Lunatic asylums Bombay report 1891-1903 - 1891-1903
Year: 1891
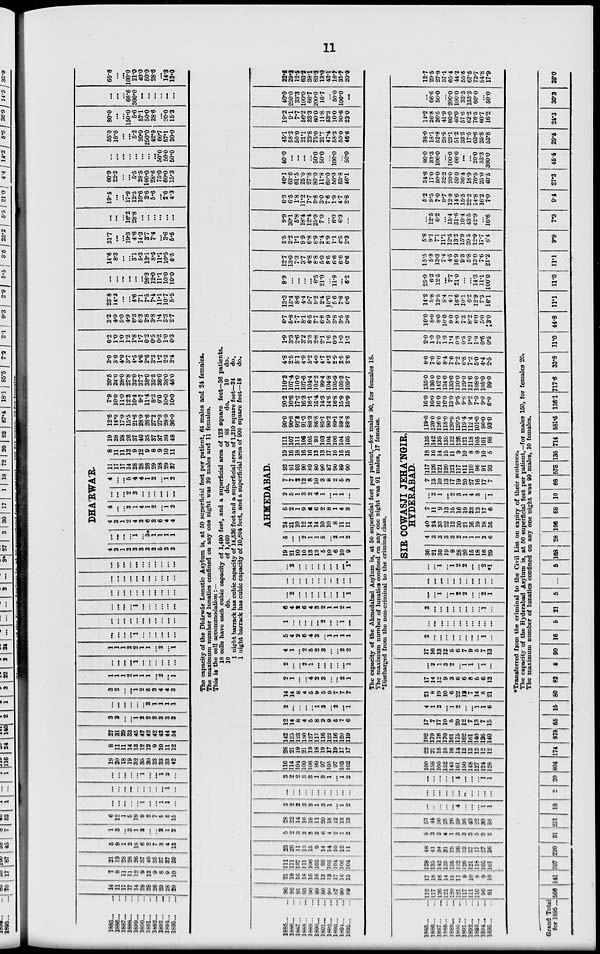
11
1885... ...
1886...
...
1887... ...
1888...
...
1889... ...
1890... ...
1891...
...
1892... ...
1893... ...
1894...
...
1895...
...
14
11
17
17
14
28
28
26
29
28
29
7
8
11
11
12
9
12
9
8
9
10
21
19
28
28
26
37
40
35
37
37
39
5
9
1
2
18
6
2
7
3
4
13
1
3
...
3
1
3
...
... 2
1
2
6
12
1
5
19
9
2
7
5
5
15
...
...
...
...
... 1
...
...
1
1
...
...
...
...
...
... ...
...
... ...
1
...
...
...
...
...
... 1
...
... 1
2
...
19
20
18
19
32
35
30
33
33
33
42
8
11
11
14
13
12
12
9
10
11
12
27
31
29
33
45
47
42
42
43
44
54
3
2
...
...
1
2
2
2
3
3
2
...
...
...
...
...
...
3
1
1
1
1
3
2
...
...
1
2
5
3
4
4
3
1
1
1
2
1
1
1
...
2
...
1
...
...
...
...
1
...
...
...
...
... ...
1
1
1
2
2
1
1
...
2
... 1
...
...
...
...
1
...
...
...
...
...
...
...
...
...
...
...
...
...
...
...
...
...
...
...
...
...
1
...
...
...
...
...
...
...
...
...
...
...
...
...
...
...
...
...
...
...
...
...
...
...
...
...
...
...
...
...
...
...
...
...
...
...
...
...
...
...
DHA'RWA'R.
4
3
1
2
3
3
3
2
5
3
3
...
...
...
...
1
...
3
1
1
1
1
4
3
1
2
4
3
6
3
6
4
4
4
...
...
3
1
4
1
2
...
1
2
...
...
...
2
3
...
...
...
...
...
...
4
...
...
5
4
4
1
2
...
1
2
11
17
17
14
28
28
26
29
28
29
37
8
11
11
12
9
12
9
8
9
10
11
19
28
28
26
37
40
35
37
37
39
48
12.6
14.0
17.0
15.5
21.6
28.0
26.6
27.2
27.0
28.0
36.0
7.9
10.0
11.0
12.3
10.4
9.7
11.4
8.3
9.0
10.0
10.0
20.5
24.0
28.0
27.8
32.0
37.7
38.0
35.5
36.0
38.0
46.0
3.0
3.0
4.0
3.7
4.5
4.6
2.6
3.3
1.2
2.3
2.4
0.2
1.0
1.0
1.2
1.8
1.7
0.2
0.5
0.2
1.0
0.3
3.2
4.0
5.0
4.9
6.3
6.3
2.8
3.8
1.4
3.3
2.7
23.8
14.2
...
...
4.6
7.1
7.5
7.4
11.1
10.7
5.5
...
...
...
...
...
...
26.3
12.0
11.1
10.0
10.0
14.6
8.3
...
...
3.1
5.3
13.1
8.5
11.1
10.5
6.5
31.7
...
...
19.3
4.6
14.3
3.7
7.4
...
3.6
5.5
...
...
...
16.2
28.8
...
...
...
...
...
...
19.5
...
...
17.9
12.5
10.6
2.6
5.6
...
2.6
4.3
60.9
22.2
...
...
5.5
28.5
100.0
28.6
75.0
60.0
15.3
...
...
...
...
...
...
...
...
50.0
50.0
50.0
55.0
16.6
...
...
5.2
20.0
250.0
42.9
66.7
57.1
20.0
80.0
...
...
150.0
5.6
57.1
50.0
28.6
...
20.0
15.3
...
...
...
66.6
300.0
...
...
...
...
...
...
60.6
...
...
100.0
21.0
400
50.0
28.6
...
14.3
13.0
The capacity of the Dhárwár Lunatic Asylum is, at 50 superficial feet per patient, 64 males and 24 females.
The maximum number of lunatics confined on any one night was 39 males and 11 females.
This is the cell accommodation :—
18 cells have each cubic capacity of 1,490 feet, and a superficial area of 123 square feet—36 patients.
10
do.
of 1,460
do.
of 88
do.
10
do.
1 night barrack has cubic capacity of 14,526 feet and a superficial area of 1,210 square feet—24
do.
1 night barrack has cubic capacity of 10,804 feet, and a superficial area of 900 square feet—18
do.
1885...
...
1886... ...
1887...
...
1888... ...
1889...
...
1890...
...
1891...
...
1892...
...
1893...
...
1894...
...
1895...
...
90
92
91
93
90
89
80
90
87
90
89
21
19
16
18
16
16
13
13
17
16
15
111
111
107
111
106
105
93
103
104
106
104
23
20
11
13
15
9
14
14
10
12
11
5
2
3
3
3
2
6
4
2
1
2
28
22
14
16
18
11
20
18
12
13
13
3
2
2
3
3
1
3
1
...
1
2
...
...
...
...
...
...
...
...
...
...
...
3
2
2
3
3
1
3
1
...
1
2
116
114
104
109
108
99
97
105
97
103
102
26
21
19
21
19
18
19
17
19
17
17
142
135
123
130
127
117
116
122
116
120
119
12
14
8
4
5
8
2
9
5
7
6
2
...
...
...
...
1
3
...
2
...
1
14
14
8
4
5
9
5
9
7
7
7
2
1
...
...
4
2
3
...
...
2
1
2
...
...
2
1
...
...
...
...
...
1
4
1
...
2
5
2
3
...
...
2
2
5
4
2
6
4
3
...
1
1
1
1
1
... ...
...
...
...
2
...
...
1
...
6
4
2
6
4
3
2
1
1
2
1
...
2
...
...
...
...
...
...
...
...
1
...
...
...
...
...
...
...
...
...
...
...
...
2
...
...
...
...
...
...
...
...
1*
AHMEDABAD.
19
21
10
10
13
13
5
10
6
10
9
5
...
...
2
1
1
5
...
2
1
2
24
21
10
12
14
14
10
10
8
11
11
5
2
1
9
6
6
2
8
1
4
3
2
5
1
3
2
4
1
...
1
1
...
7
7
2
12
8
10
3
8
2
5
3
92
91
93
90
89
80
90
87
90
89
90
19
16
18
16
16
13
13
17
16
15
15
111
107
111
106
105
93
103
104
106
104
105
90.0
90.8
92.8
91.3
88.3
86.8
85.1
90.2
89.1
89.4
89.8
20.2
16.6
17.2
16.3
16.1
15.4
14.3
14.6
16.8
15.9
15.9
110.2
107.4
110.0
107.6
104.4
102.2
99.4
104.8
105.9
105.3
105.7
4.8
2.5
5.1
4.9
5.2
4.9
4.7
4.3
2.9
2.5
2.6
1.9
3.3
2.6
3.2
3.3
2.8
2.1
1.6
0.9
1.0
1.2
6.7
5.8
7.7
8.1
8.5
7.7
6.8
5.9
3.8
3.5
3.8
13.3
15.4
8.6
4.4
5.7
9.2
24
10.0
5.6
7.8
6.6
9.9
...
...
...
...
6.5
21.0
...
11.9
...
6.2
12.7
13.0
7.3
3.7
4.8
8.8
5.0
8.6
6.6
6.6
6.6
5.5
2.2
1.1
9.9
6.8
6.9
2.4
8.9
1.1
4.5
3.3
9.9
30.1
5.8
18.4
12.4
25.9
7.0
...
6.0
6.3
...
6.3
6.5
1.8
11.2
7.7
9.8
3.0
7.6
1.9
4.7
2.8
46.1
63.6
61.5
25.0
27.8
80.0
11.8
60.0
50.0
53.8
46.1
40.0
...
...
...
...
50.0
50.0
...
100.0
...
50.0
45.1
58.3
50.0
21.1
23.8
75.0
21.7
47.4
58.3
50.0
46.6
19.2
9.1
7.7
56.2
33.3
60.0
11.8
53.3
10.0
30.8
23.0
40.0
250.0
33.3
100.0
66.7
200.0
16.7
...
50.0
100.0
...
22.5
29.9
12.5
63.9
38.1
83.3
13.0
42.1
16.7
35.7
20.0
The capacity of the Ahmedabad Asylum is, at 50 superficial feet per patient,—for males 90, for females 18.
The maximum number of lunatics confined on any one night was 91 males, 17 females.
*Discharged from the non-criminal to the criminal class.
1885...
...
1886...
...
1887... ...
1888... ...
1889... ...
1890...
...
1891... ...
1892... ...
1893...
...
1894... ...
1895...
...
112
117
126
121
120
121
117
111
110
96
91
17
16
16
14
15
11
9
10
8
9
10
129
135
142
135
135
132
126
121
118
105
101
48
41
34
31
25
36
33
37
17
27
36
5
3
2
4
1
3
3
3
5
3
2
53
44
36
35
26
39
36
40
22
30
38
...
...
...
...
...
4
...
...
...
1
1
...
...
...
...
...
...
..
...
...
...
...
...
...
...
...
...
4
...
...
...
1
1
160
158
160
152
145
161
150
148
127
124
128
22
21
18
18
16
14
12
13
13
12
12
182
179
178
170
161
175
162
161
140
136
140
17
7
17
10
5
20
12
7
13
7
15
4
1
2
...
1
2
...
...
1
1
6
21
8
19
10
6
22
12
7
14
8
21
17
14
12
9
3
6
6
8
5
6
13
...
2
1
3
2
...
1
1
...
1
...
17
16
13
12
5
6
7
9
5
7
13
2
...
...
...
...
...
...
...
...
1
...
...
...
...
...
...
...
...
...
...
...
...
2
...
...
...
...
...
...
...
...
1
...
...
...
1
...
1
2
2
...
...
2
1
...
...
...
...
...
...
...
...
...
... ...
...
...
1
...
1
2
2
...
...
2
*1
SIR COWASJI JEHA'NGIR,
HYDERABAD.
36
21
30
19
9
28
20
15
18
16
29
4
3
3
3
3
2
1
1
1
2
6
40
24
33
22
12
30
21
16
19
18
35
7
11
9
13
15
16
19
23
13
17
6
...
2
1
...
2
3
1
4
3
...
1
7
13
10
13
17
19
20
27
16
17
7
117
126
121
120
121
117
111
110 96
91
93
18
16
14
15
11
9
10
8
9
10
5
135
142
135
135
132
126
121
118
105
101
98
119.0
120.0
126.0
118.0
120.0
120.5
119.4
112.4
101.0
96.0
93.0
16.0
16.0
16.0
16.0
13.0
9.5
9.6
9.2
7.0
9.0
6.0
135.0
136.0
142.0
134.0
133.0
130.0
129.0
121.6
108.0
105.0
99.0
8.0
7.0
6.0
8.4
7.6
7.2
6.8
7.2
5.0
4.4
2.5
2.0
1.0
2.0
1.6
1.4
0.8
0.5
1.0
1.0
0.6
0.5
10.0
8.0
8.0
10.0
9.0
8.0
7.3
8.2
6.0
5.0
3.0
14.2
5.8
13.5
8.4
4.1
16.6
10.1
6.2
12.9
7.3
16.1
25.0
6.2
12.5
...
7.7
21.0
...
...
14.3
11.1
100.0
15.5
5.8
13.3
7.4
4.5
16.9
9.3
5.8
13.0
7.6
21.2
5.8
9.1
7.1
11.1
12.5
13.2
15.9
20.5
12.9
17.7
6.4
...
12.5
6.2
...
15.4
31.6
10.4
43.5
42.9
...
16.6
5.2
9.5
7.0
9.7
12.8
14.6
15.5
22.2
14.8
16.2
7.0
34.6
17.0
50.0
32.2
20.0
50.0
36.4
18.9
76.5
25.0
40.5
80.0
33.3
100.0
...
100.0
66.6
...
...
20.0
33.3
300.0
38.0
18.1
52.8
28.5
23.1
51.2
33.3
17.5
63.6
25.8
53.8
14.2
26.8
26.5
41.9
60.0
40.0
57.6
62.2
76.5
60.7
16.2
...
66.6
50.0
...
200.0
100.0
33.3
133.3
60.0
...
50.0
12.7
295
27.8
37.1
65.4
44.2
55.6
67.5
72.7
54.8
17.9
*Transferred from the criminal to the Civil List on expiry of their sentence.
The capacity of the Hyderabad Asylum is, at 50 superficial feet per patient,—for males 150, for females 20.
The maximum number of lunatics confined on any one night was 99 males, 10 females.
Grand Total
for 1895 ... 566 141 707 220 31 251 18
2 20 804 174 978 65 16 80 82
8 90 16
5 21
5 ...
5 168 28 196 58 10 68 578 136 714 581.5 136.1 717.6
33.8 11.0 44.8 11.1 11.0 11.1 9.9 7.3 9.4 27.3 45.4 29.5 24.3 30.3 25.0